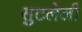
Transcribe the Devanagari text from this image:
सुटलेली